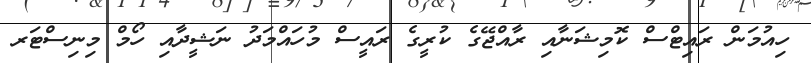
ހިއުމަން ރައިޓްސް ކޮމިޝަނާއި ރާއްޖޭގެ ކުރީގެ ރައީސް މުހައްމަދު ނަޝީދާއި ހޯމް މިނިސްޓަރ